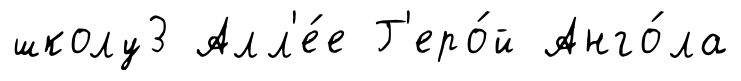
школу3 Алл'е́е Г'еро́й Анго́ла